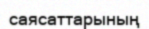
саясаттарының